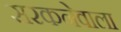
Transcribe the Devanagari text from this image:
सरकनेवाला